Mental hospitals Bombay report 1921-28 - 1921-1928
Year: 1921
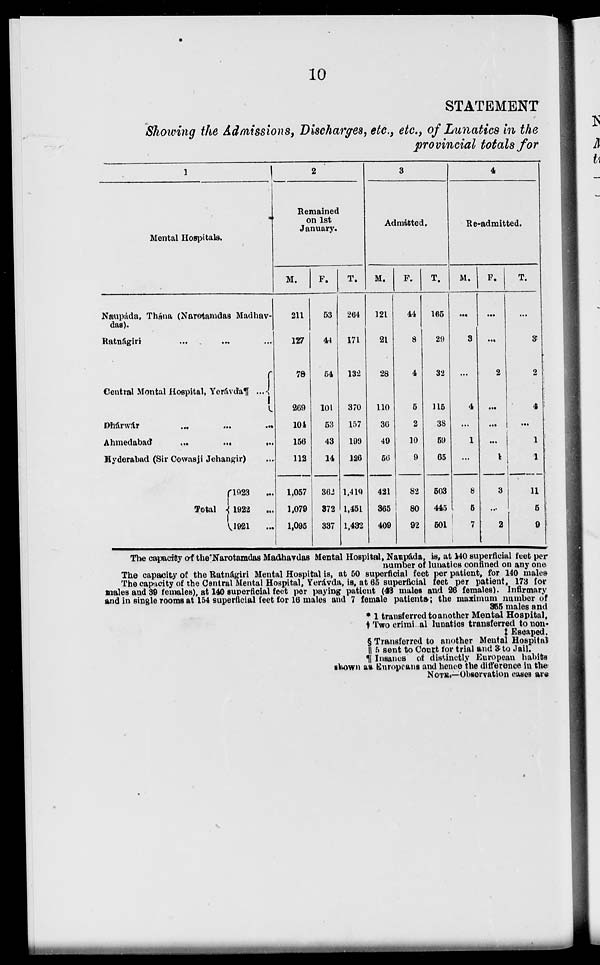
10
STATEMENT
Showing the Admissions, Discharges, etc., etc., of Lunatics in the
provincial totals for
1
Mental Hospitals.
Naupáda, Thána (Narotamdas Madhav-
das).
Ratnágiri ... ... ...
Central Mental Hospital, Yerávda¶ ...
Dhárwár ... ... ...
Ahmedabad
...
...
...
Hyderabad (Sir Cowasji Jehangir) ...
Total
1923 ...
1922 ...
1921 ...
2
Remained
on 1st
January.
M.
211
127
78
269
104
156
112
1,057
1,079
1,095
F.
53
44
54
101
53
43
14
362
372
337
T.
264
171
132
370
157
199
126
1,419
1,451
1,432
3
Admitted.
M.
121
21
28
110
36
49
56
421
365
409
F.
44
8
4
5
2
10
9
82
80
92
T.
165
29
32
115
38
59
65
503
445
501
4
Re-admitted.
M.
...
3
...
4
...
1
...
8
5
7
F.
...
...
2
...
...
...
1
3
...
2
T.
...
3
2
4
...
1
1
11
5
9
The capacity of the Narotamdas Madhavdas Mental Hospital, Naupáda, is, at 140 superficial feet per
number of lunatics confined on any one
The capacity of the Ratnágiri Mental Hospital is, at 50 superficial feet per patient, for 140 males
The capacity of the Central Mental Hospital, Yerávda, is, at 65 superficial feet per patient, 173 for
males and 39 females), at 140 superficial feet per paying patient (43 males and 26 females). Infirmary
and in single rooms at 154 superficial feet for 16 males and 7 female patients ; the maximum number of
355 males and
* 1 transferred to another Mental Hospital.
† Two criminal lunatics transferred to non-
‡ Escaped.
§ Transferred to another Mental Hospital
|| 5 sent to Court for trial and 3 to Jail.
¶ Insanes of distinctly European habits
shown as Europeans and hence the difference in the
NOTE.—Observation cases are